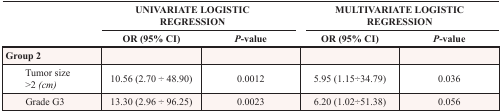
<table><thead><tr><td rowspan="2"></td><td colspan="2"><b>UNIVARIATE LOGISTIC REGRESSION</b></td><td colspan="2"><b>MULTIVARIATE LOGISTIC REGRESSION</b></td></tr><tr><td><b>OR (95% CI)</b></td><td><b><i>P</i>-value</b></td><td><b>OR (95% CI)</b></td><td><b><i>P</i>-value</b></td></tr></thead><tbody><tr><td><b>Group 2</b></td><td></td><td></td><td></td><td></td></tr><tr><td>Tumor size &gt;2 <i>(cm)</i></td><td>10.56 (2.70 ÷ 48.90)</td><td>0.0012</td><td>5.95 (1.15 ÷ 34.79)</td><td>0.036</td></tr><tr><td>Grade G3</td><td>13.30 (2.96 ÷ 96.25)</td><td>0.0023</td><td>6.20 (1.02 ÷ 51.38)</td><td>0.056</td></tr></tbody></table>